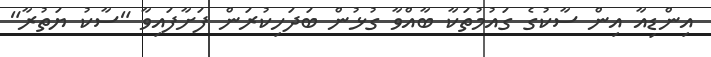
އިންޑިއާ އިން ސާކުގެ ގައުމުތަކާ ބާއްވާ ގުޅުން ބަދަހިކުރަން ފަށާފައިވާ "ސާކު ޔަތުރާ"